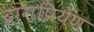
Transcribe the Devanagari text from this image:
द्रागप्रियेण